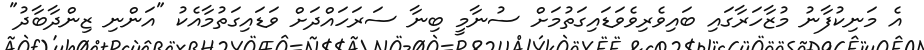
އެ މަނިކުފާނު މުޒާހަރާގައި ބައިވެރިވެވަޑައިގަތުމަށް ސުނާމީ ބިނާ ސަރަހައްދަށް ވަޑައިގަތުމާއެކު "އަންނި ޒިންދާބާދު"